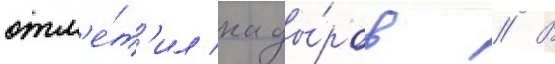
отм'е́т'ил кады́ров // В